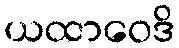
ယထာဝေဒိ